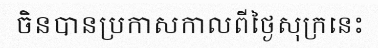
ចិនបានប្រកាសកាលពីថ្ងៃសុក្រនេះ